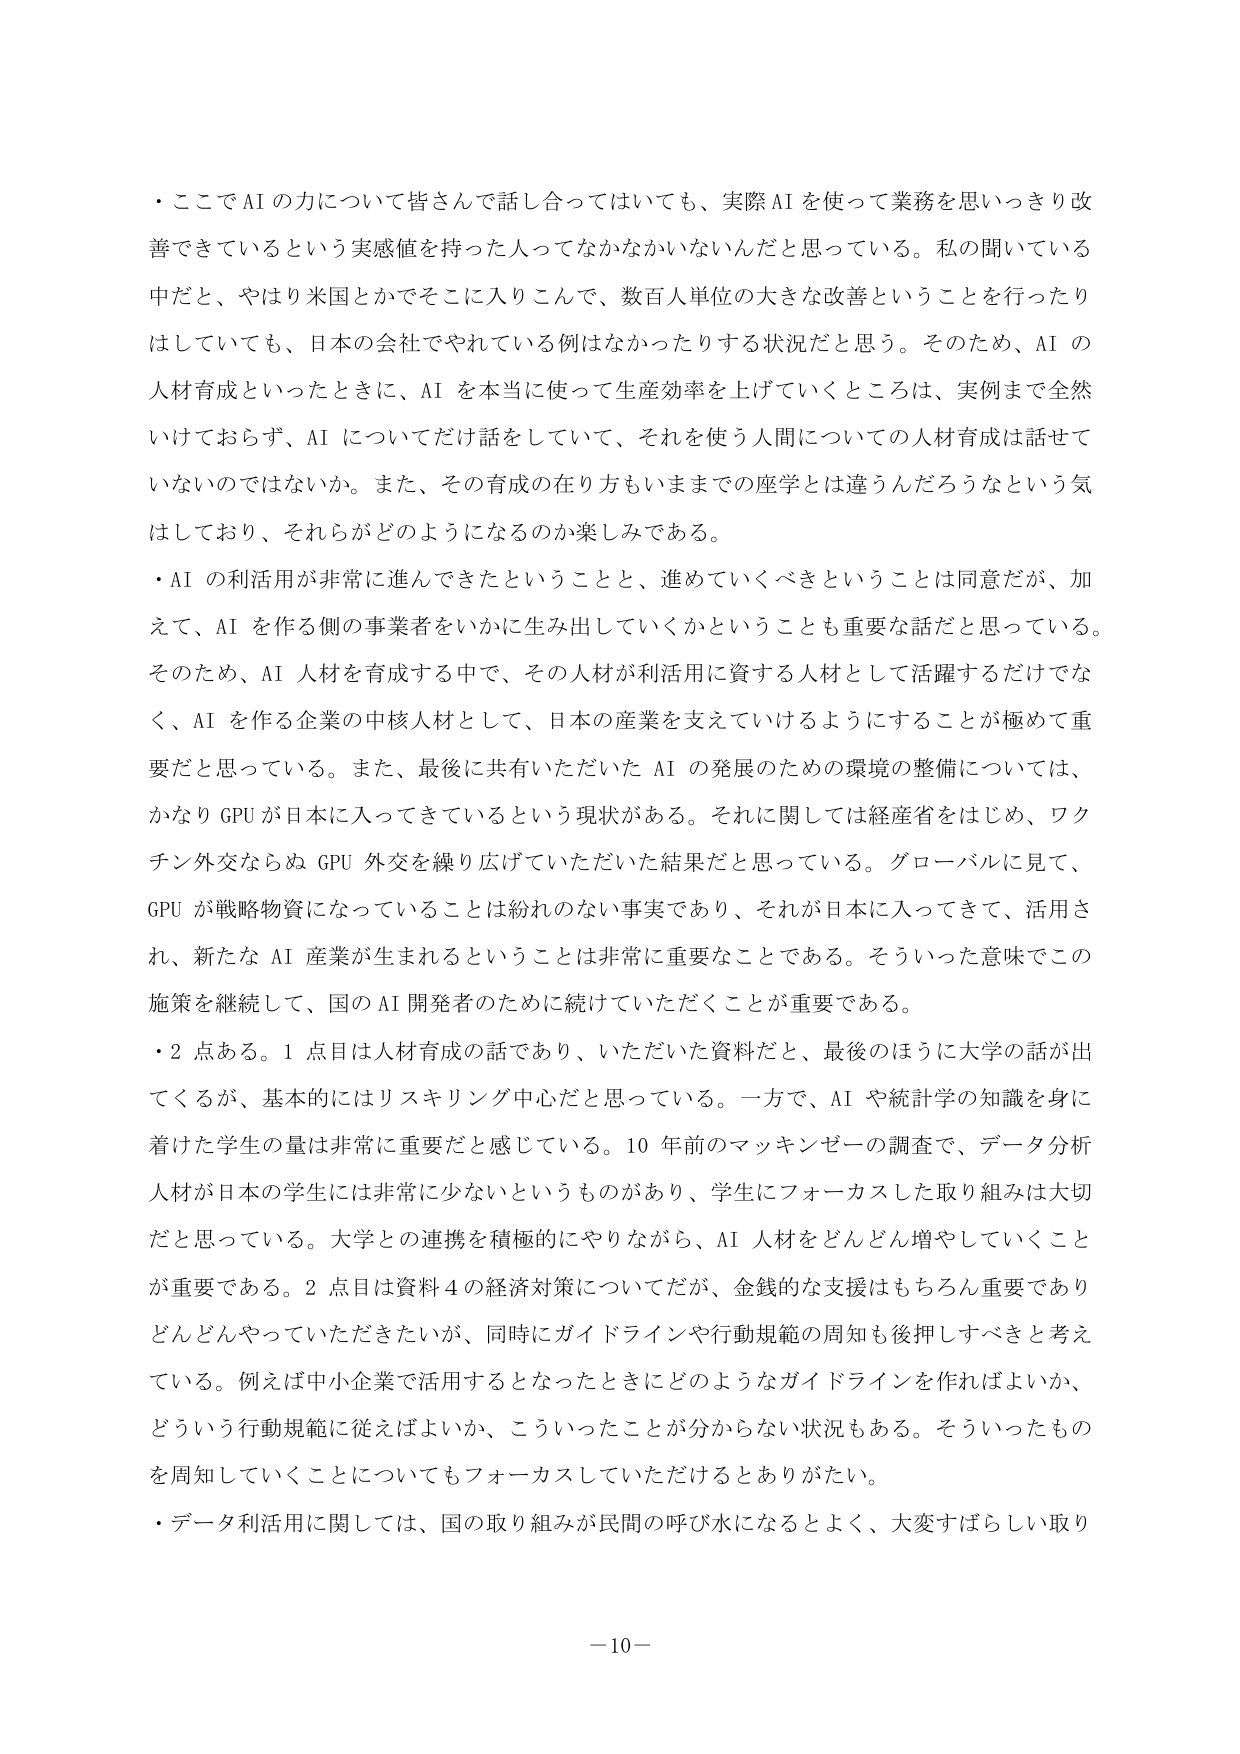
・ここでAIの力について皆さんで話し合ってはいても、実際AIを使って業務を思いっきり改善できているという実感値を持った人ってなかなかいないんだと思っている。私の聞いている中だと、やはり米国とかでそこに入りこんで、数百人単位の大きな改善ということを行ったりはしていても、日本の会社でやれている例はなかったりする状況だと思う。そのため、AIの人材育成といったときに、AIを本当に使って生産効率を上げていくところは、実例まで全然いけておらず、AIについてだけ話をしていて、それを使う人間についての人材育成は話せていないのではないか。また、その育成の在り方もいままでの座学とは違うんだろうなという気はしており、それらがどのようになるのか楽しみである。

・AIの利活用が非常に進んできたということと、進めていくべきということは同意だが、加えて、AIを作る側の事業者をいかに生み出していくかということも重要な話だと思っている。そのため、AI人材を育成する中で、その人材が利活用に資する人材として活躍するだけでなく、AIを作る企業の中核人材として、日本の産業を支えていけるようにすることが極めて重要だと思っている。また、最後に共有いただいたAIの発展のための環境の整備については、かなりGPUが日本に入ってきているという現状がある。それに関しては経産省をはじめ、ワクチン外交ならぬGPU外交を繰り広げていただいた結果だと思っている。グローバルに見て、GPUが戦略物資になっていることは紛れのない事実であり、それが日本に入ってきて、活用され、新たなAI産業が生まれるということは非常に重要なことである。そういった意味でこの施策を継続して、国のAI開発者のために続けていただくことが重要である。

・2点ある。1点目は人材育成の話であり、いただいた資料だと、最後のほうに大学の話が出てくるが、基本的にはリスキリング中心だと思っている。一方で、AIや統計学の知識を身に着けた学生の量は非常に重要だと感じている。10年前のマッキンゼーの調査で、データ分析人材が日本の学生には非常に少ないというものがあり、学生にフォーカスした取り組みは大切だと思っている。大学との連携を積極的にやりながら、AI人材をどんどん増やしていくことが重要である。2点目は資料4の経済対策についてだが、金銭的な支援はもちろん重要でありどんどんやっていただきたいが、同時にガイドラインや行動規範の周知も後押しせべきと考えている。例えば中小企業で活用するとなったときにどのようなガイドラインを作ればよいか、どういう行動規範に従えばよいか、こういったことが分からない状況もある。そういったものを周知していくことについてもフォーカスしていただけるとありがたい。

・データ利活用に関しては、国の取り組みが民間の呼び水になるとよく、大変すばらしい取り

－10－